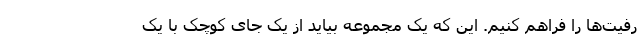
رفیت‌ها را فراهم کنیم. این که یک مجموعه بیاید از یک جای کوچک با یک